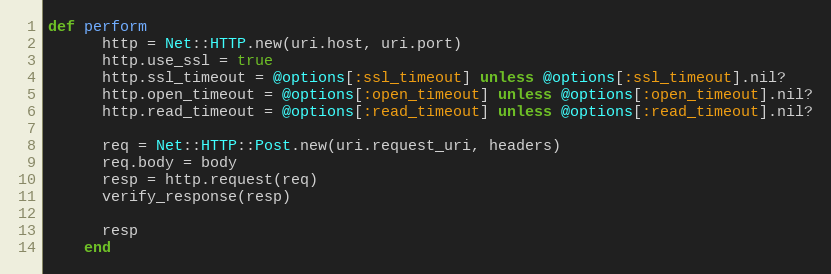
Language: Ruby
def perform
      http = Net::HTTP.new(uri.host, uri.port)
      http.use_ssl = true
      http.ssl_timeout = @options[:ssl_timeout] unless @options[:ssl_timeout].nil?
      http.open_timeout = @options[:open_timeout] unless @options[:open_timeout].nil?
      http.read_timeout = @options[:read_timeout] unless @options[:read_timeout].nil?

      req = Net::HTTP::Post.new(uri.request_uri, headers)
      req.body = body
      resp = http.request(req)
      verify_response(resp)

      resp
    end